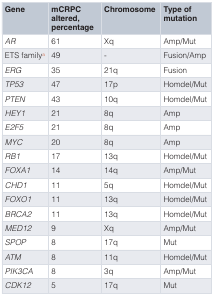
<table><thead><tr><td><b>Gene</b></td><td><b>mCRPCaltered,percentage</b></td><td><b>Chromosome</b></td><td><b>Type ofmutation</b></td></tr></thead><tbody><tr><td><i>AR</i></td><td>61</td><td>Xq</td><td>Amp/Mut</td></tr><tr><td>ETS family<sup>a</sup></td><td>49</td><td>-</td><td>Fusion/Amp</td></tr><tr><td><i>ERG</i></td><td>35</td><td>21q</td><td>Fusion</td></tr><tr><td><i>TP53</i></td><td>47</td><td>17p</td><td>Homdel/Mut</td></tr><tr><td><i>PTEN</i></td><td>43</td><td>10q</td><td>Homdel/Mut</td></tr><tr><td><i>HEY1</i></td><td>21</td><td>8q</td><td>Amp</td></tr><tr><td><i>E2F5</i></td><td>21</td><td>8q</td><td>Amp</td></tr><tr><td><i>MYC</i></td><td>20</td><td>8q</td><td>Amp</td></tr><tr><td><i>RB1</i></td><td>17</td><td>13q</td><td>Homdel/Mut</td></tr><tr><td><i>FOXA1</i></td><td>14</td><td>14q</td><td>Amp/Mut</td></tr><tr><td><i>CHD1</i></td><td>11</td><td>5q</td><td>Homdel/Mut</td></tr><tr><td><i>FOXO1</i></td><td>11</td><td>13q</td><td>Homdel/Mut</td></tr><tr><td><i>BRCA2</i></td><td>11</td><td>13q</td><td>Homdel/Mut</td></tr><tr><td><i>MED12</i></td><td>9</td><td>Xq</td><td>Amp/Mut</td></tr><tr><td><i>SPOP</i></td><td>8</td><td>17q</td><td>Mut</td></tr><tr><td><i>ATM</i></td><td>8</td><td>11q</td><td>Homdel/Mut</td></tr><tr><td><i>PIK3CA</i></td><td>8</td><td>3q</td><td>Amp/Mut</td></tr><tr><td><i>CDK12</i></td><td>5</td><td>17q</td><td>Mut</td></tr></tbody></table>